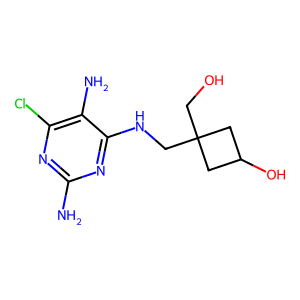
SMILES: Nc1nc(Cl)c(N)c(NCC2(CO)CC(O)C2)n1
Inhibits HIV replication: No